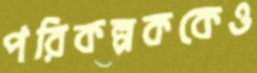
পরিকল্পককেও